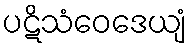
ပဋိသံဝေဒေယျံ